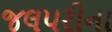
જલપરીના